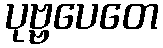
ပုဗ္ဗပေတေ